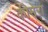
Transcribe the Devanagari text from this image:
कीमेरा